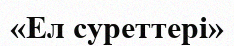
«Ел суреттері»